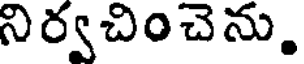
నిర్వచించెను.